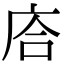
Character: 𢈈